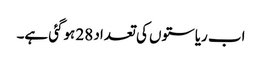
اب ریاستوں کی تعداد 28 ہوگئی ہے۔